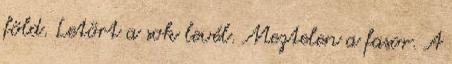
föld. Letört a sok levél. Meztelen a fasor. A